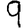
Digit: 9